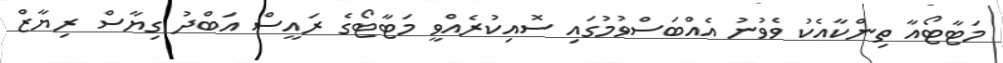
މަޓާޓޯއާ ތިންކާއެކު ވެވުނު އެއްބަސްވުމުގައި ސޮއިކުރެއްވީ މަޓާޓޯގެ ރައީސް އަބްދު ގިޔާސް ރިޔާޒް